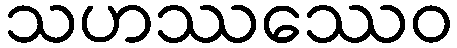
သဟဿဿေဝ